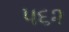
૫૬૨